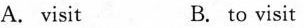
A. isit B. to visit